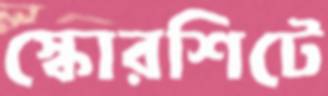
স্কোরশিটে